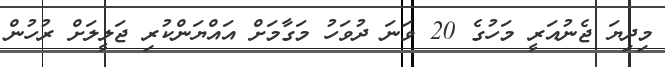
މިދިޔަ ޖެނުއަރީ މަހުގެ 20 ވަނަ ދުވަހު މަގާމަށް އައްޔަންކުރި ޖަލީލަށް ރުހުން